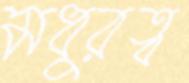
মধুরত্ব